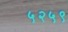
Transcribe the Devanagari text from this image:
५२५९